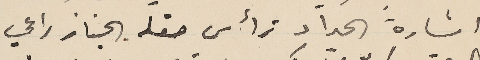
اشارة الحداد ترأس حفله الجناز راعي